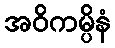
အဝိကမ္ပိနံ